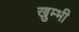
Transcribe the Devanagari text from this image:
खुम्भी